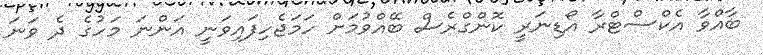
ބާއްވާ އެކްސްޓްރާ އޯޑިނަރީ ކޮންގްރެސް ބޭއްވުމަށް ހަމަޖެހިފައިވަނީ އަންނަ މަހުގެ ދެ ވަނަ